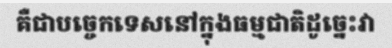
គឺជាបច្ចេកទេសនៅក្នុងធម្មជាតិដូច្នេះវា